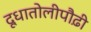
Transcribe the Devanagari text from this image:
दूधातोलीपौढ़ी